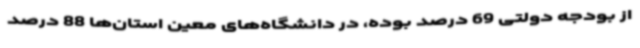
از بودجه دولتی 69 درصد بوده، در دانشگاه‌های معین استان‌ها 88 درصد